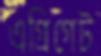
এগ্রিগেট